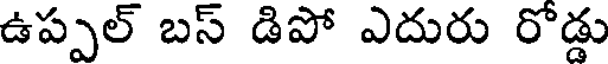
ఉప్పల్ బస్ డిపో ఎదురు రోడ్డు